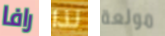
رافا لذا مولعة